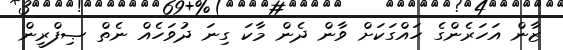
ޒާން އަހަރެންގެ ހައްގަކަށް ވާން ދެން މާކަ ގިނަ ދުވަހެއް ނެތް ޞިފްރީން